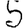
Digit: 5